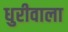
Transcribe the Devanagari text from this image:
धुरीवाला